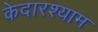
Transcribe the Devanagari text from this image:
केदारश्याम